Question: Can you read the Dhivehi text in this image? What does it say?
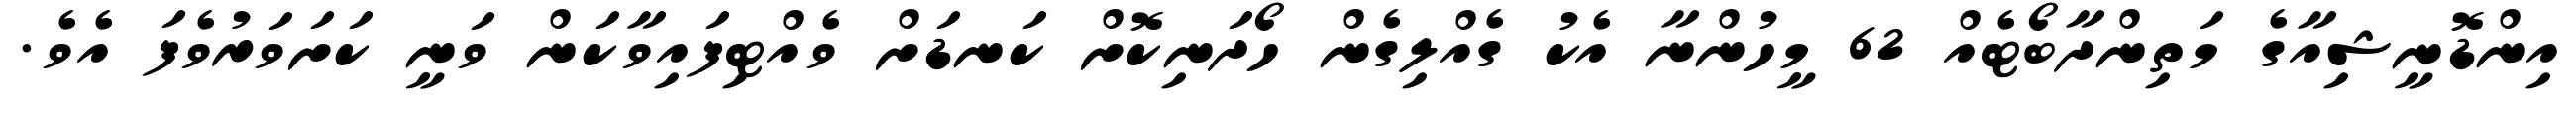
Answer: އިންޑޮނީޝިއާގެ މަތިންދާބޯޓެއް 62 މީހުންނާ އެކު ގެއްލިގެން ހޯދަނިކޮށް ކަނޑަށް ވެއްޓިފައިވާކަން ވަނީ ކަށަވަރުވެފަ އެވެ.